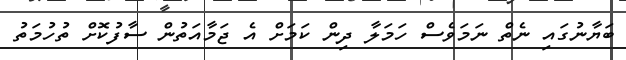
ބަޔާނުގައި ނެތް ނަމަވެސް ހަމަލާ ދިން ކަމަށް އެ ޖަމާއަތުން ސާފުކޮށް ތުހުމަތު